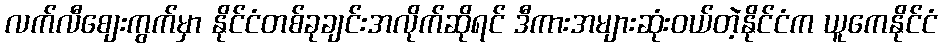
လက်လီစျေးကွက်မှာ နိုင်ငံတစ်ခုချင်းအလိုက်ဆိုရင် ဒီကားအများဆုံးဝယ်တဲ့နိုင်ငံက ယူကေနိုင်ငံ